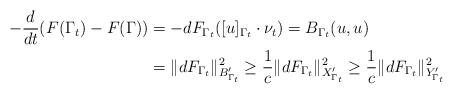
LaTeX: \begin{align*}\begin{aligned}-\frac{d}{dt}(F(\Gamma_t)-F(\Gamma))&=-dF_{\Gamma_t}([u]_{\Gamma_t}\cdot\nu_t)=B_{\Gamma_t}(u,u)\\&=\|d F_{\Gamma_t}\|_{B'_{\Gamma_t}}^2\ge \frac1c \|dF_{\Gamma_t}\|_{X'_{\Gamma_t}}^2\ge \frac1c \|dF_{\Gamma_t}\|_{Y'_{\Gamma_t}}^2\end{aligned}\end{align*}